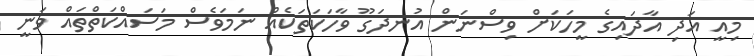
މިއީ އަދި އާދައިގެ މީހަކަށް ވިސްނަން އުނދަގޫ ވާހަކަތަކެއް ނަމަވެސް މަސައްކަތްތައް ވަނީ